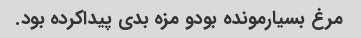
مرغ بسیارمونده بودو مزه بدی پیداکرده بود.